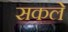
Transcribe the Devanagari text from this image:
सकले